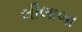
લીલાબા